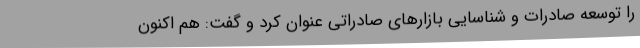
را توسعه صادرات و شناسایی بازارهای صادراتی عنوان کرد و گفت: هم اکنون